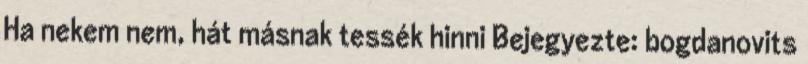
Ha nekem nem, hát másnak tessék hinni Bejegyezte: bogdanovits